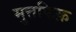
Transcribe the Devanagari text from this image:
मुत्तफिक़